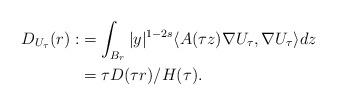
LaTeX: \begin{align*}D_{U_\tau}(r):&=\int_{B_r}|y|^{1-2s}\langle A(\tau z)\nabla U_\tau,\nabla U_\tau\rangle dz\\&=\tau D(\tau r)/H(\tau).\end{align*}